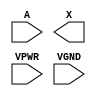
module sky130_fd_sc_hs__dlymetal6s4s (
    //# {{data|Data Signals}}
    input  A   ,
    output X   ,

    //# {{power|Power}}
    input  VPWR,
    input  VGND
);
endmodule